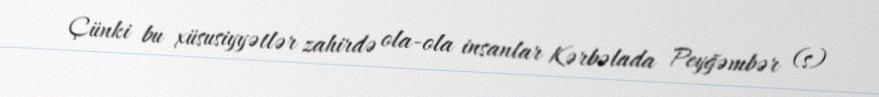
Çünki bu xüsusiyyətlər zahirdə ola-ola insanlar Kərbəlada Peyğəmbər (s)